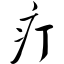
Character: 疔